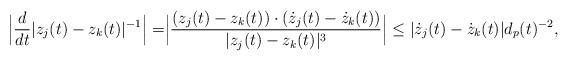
LaTeX: \begin{align*}\Big|\frac{d}{dt}|z_j(t)-z_k(t)|^{-1}\Big|=&\Big|\frac{(z_j(t)-z_k(t))\cdot (\dot{z}_j(t)-\dot{z}_k(t))}{|z_j(t)-z_k(t)|^3}\Big|\leq |\dot{z}_j(t)-\dot{z}_k(t)|d_p(t)^{-2},\end{align*}